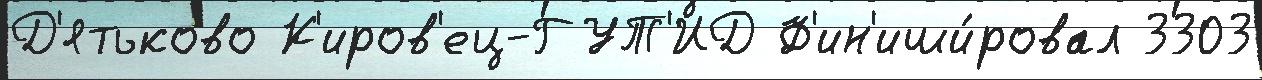
Д'ятьково К'иров'ец-ГУТ'ИД Ф'ин'иши́ровал 3303